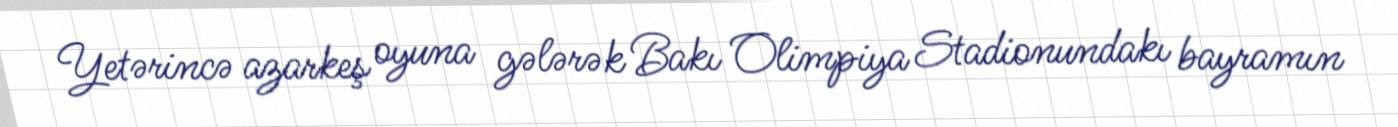
Yetərincə azarkeş oyuna gələrək Bakı Olimpiya Stadionundakı bayramın